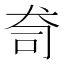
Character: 𭷿